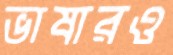
ভাষারও